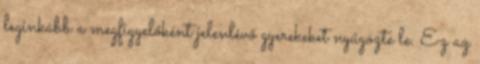
leginkább a megfigyelőként jelenlévő gyerekeket nyűgözte le. Ez az